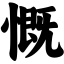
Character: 慨